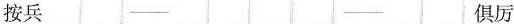
按兵 俱厉